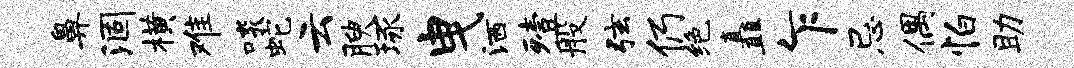
鼻涸横难啖蛇云腴琢曳洒殪般弦仍绝矗乍忌偶怕助